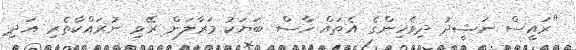
"ރައީސް ނަޝީދު ދިވެހިންގެ އެތައް ހާސް ބަޔަކު މަރާލަން ރޭވި ނުރައްކާތެރި އަދި